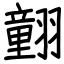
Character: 𦒍